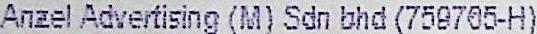
ANZEL ADVERTISING (M) SDN BHD (759765-H)